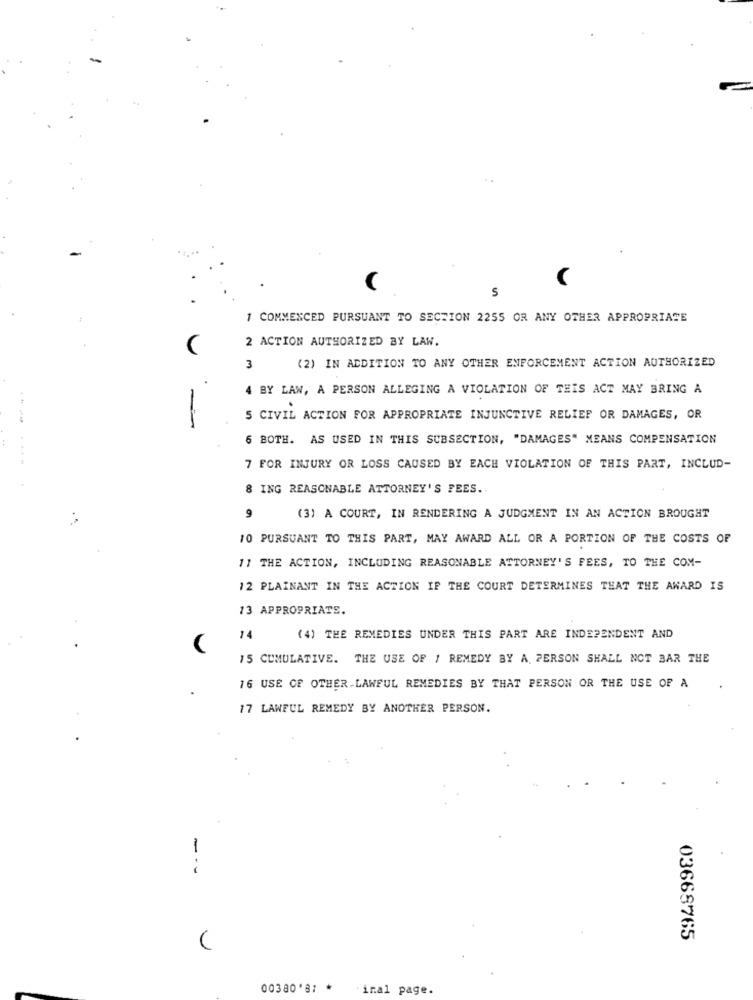
5
1 COMMENCED PURSUANT TO SECTION 2255 OR ANY OTHER APPROPRIATE
2 ACTION AUTHORIZED BY LAW.
3
(2) IN ADDITION TO ANY OTHER ENFORCEMENT ACTION AUTHORIZED
4 BY LAW, A PERSON ALLEGING A VIOLATION OF THIS ACT MAY BRING A
-
S CIVIL ACTION FOR APPROPRIATE INJUNCTIVE RELIEF OR DAMAGES, OR
6 BOTH. AS USED IN THIS SUBSECTION, "DAMAGES" MEANS COMPENSATION
....
7 FOR INJURY OR LOSS CAUSED BY EACH VIOLATION OF THIS PART, INCLUD-
8 ING REASONABLE ATTORNEY'S FEES ..
9
(3) A COURT, IN RENDERING A JUDGMENT IN AN ACTION BROUGHT
10 PURSUANT TO THIS PART, MAY AWARD ALL OR A PORTION OF THE COSTS OF
11 THE ACTION, INCLUDING REASONABLE ATTORNEY'S FEES, TO THE COM-
12 PLAINANT IN THE ACTION IF THE COURT DETERMINES THAT THE AWARD IS
13 APPROPRIATE.
14
(4) THE REMEDIES UNDER THIS PART ARE INDEPENDENT AND
15 CUMULATIVE. THE USE OF / REMEDY BY A PERSON SHALL NOT BAR THE
16 USE OF OTHER LAWFUL REMEDIES BY THAT PERSON OR THE USE OF A
17 LAWFUL REMEDY BY ANOTHER PERSON.
03668765
C
00380'81 * inal page.